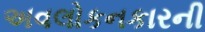
અવલોકનકારની